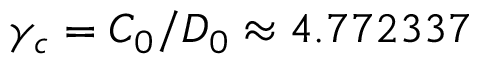
\gamma _ { c } = C _ { 0 } / D _ { 0 } \approx 4 . 7 7 2 3 3 7